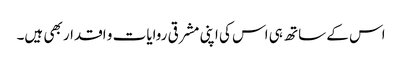
اس کے ساتھ ہی اس کی اپنی مشرقی روایات و اقدار بھی ہیں۔